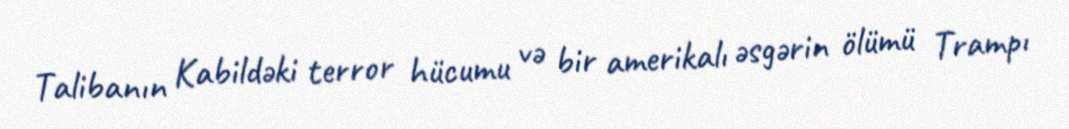
Talibanın Kabildəki terror hücumu və bir amerikalı əsgərin ölümü Trampı